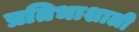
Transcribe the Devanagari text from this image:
प्रतिभाशाली